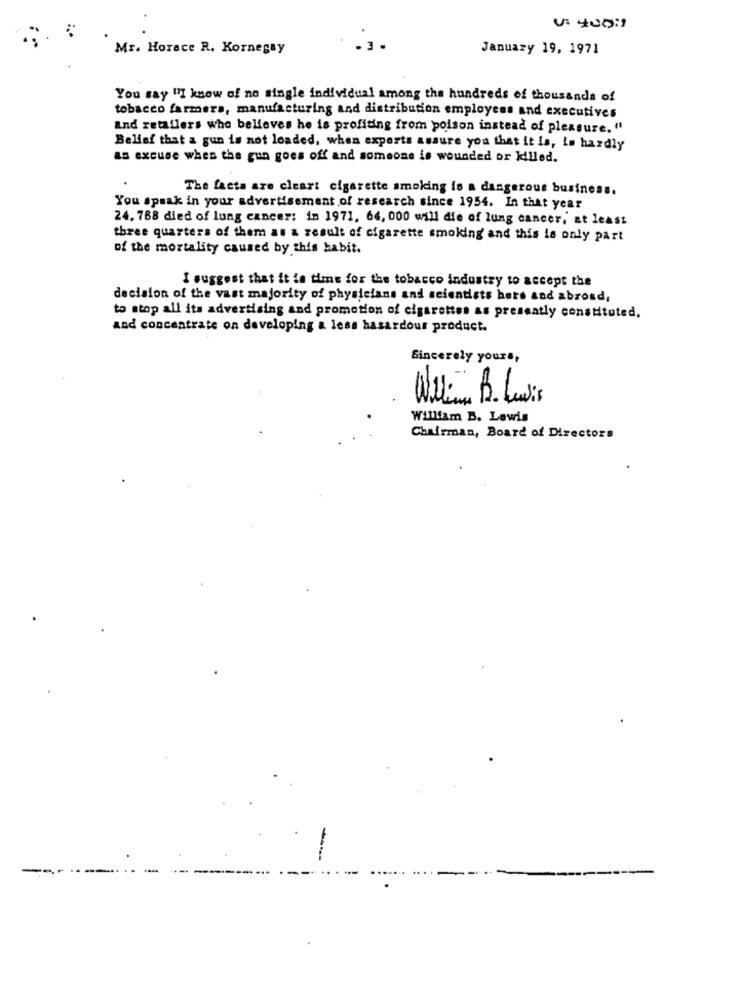
Mr. Horace R. Kornegay
January 19, 1971
You say "I know of no single individual among the hundreds of thousands of
tobacco farmers, manufacturing and distribution employees and executives
And retallers who believes he is profiting from poison instead of pleasure. "
Belief that a gun is not loaded, when exports assure you that it is, is hardly
an excuse when the gun goes off and someone is wounded or Killed.
The facts are clear: cigarette smoking is a dangerous business.
You speak in your advertisement of research since 1954. In that year
24. 788 died of lung cancer: in 1971, 66, 000 will die of lung cancer, at least
three quarters of them as a result of cigarette smoking and this is only part
of the mortality caused by this habit.
I suggest that it is time for the tobacco industry to accept the
decision of the vast majority of physicians and scientists hets and abroad,
to stop all its advertising and promotion of cigarettes as presently constituted.
and concentrate on developing a less hasardour product.
Sincerely yours,
William B. Lewis
Chairman, Board of Directors